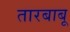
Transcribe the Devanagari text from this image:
तारबाबू